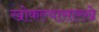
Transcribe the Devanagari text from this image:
खोकल्यासारखे